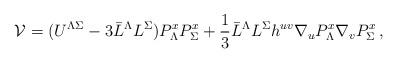
LaTeX: \begin{align*}{\cal V} = (U^{\Lambda \Sigma} - 3 \bar L^\Lambda L^\Sigma) P_\Lambda^x P_\Sigma^x + \frac13 \bar L^\Lambda L^\Sigma h^{uv} \nabla_u P_{\Lambda}^x \nabla_v P_{\Sigma}^x \, ,\end{align*}